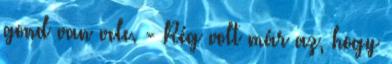
gond van vele. - Rég volt már az, hogy